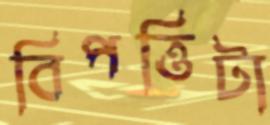
বিপত্তিটা